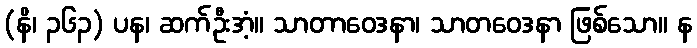
(နိ၊ ၃၆၃) ပန၊ ဆက်ဦးအံ့။ သာတာဝေဒနာ၊ သာတဝေဒနာ ဖြစ်သော။ န